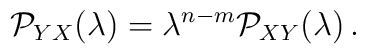
{\cal P}_{YX}(\lambda)=\lambda^{n-m}{\cal P}_{XY}(\lambda)\,.